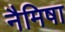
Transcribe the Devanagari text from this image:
नैमिषा